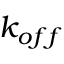
k _ { o f f }